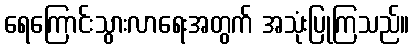
ရေကြောင်းသွားလာရေးအတွက် အသုံးပြုကြသည်။